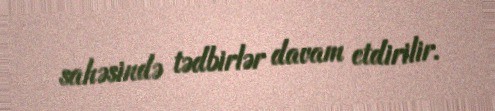
sahəsində tədbirlər davam etdirilir.